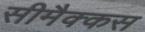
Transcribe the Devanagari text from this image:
सीमैक्कस